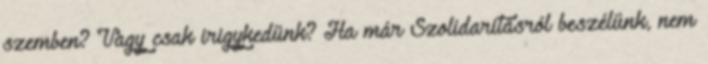
szemben? Vagy csak irigykedünk? Ha már Szolidaritásról beszélünk, nem